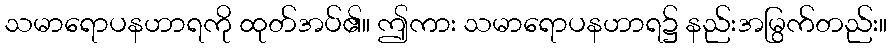
သမာရောပနဟာရကို ထုတ်အပ်၏။ ဤကား သမာရောပနဟာရ၌ နည်းအမြွက်တည်း။